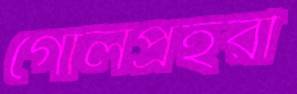
গোলপ্রহরী